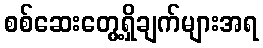
စစ်ဆေးတွေ့ရှိချက်များအရ